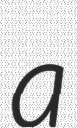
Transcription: a